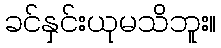
ခင်နှင်းယုမသိဘူး။